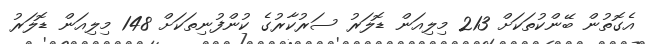
އެގޮތުން ބޭންކުތަކަށް 213 މިލިއަން ޑޮލަރު ސަރުކާރުގެ ކުންފުނިތަކަށް 148 މިލިއަން ޑޮލަރު